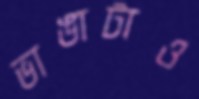
ভাঙাটাও